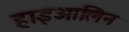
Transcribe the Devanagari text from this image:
हाइआलिन